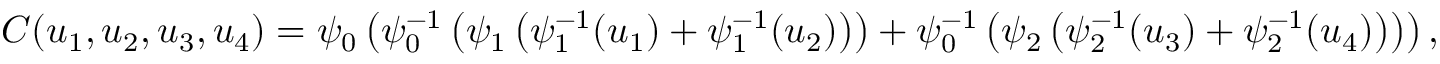
C ( u _ { 1 } , u _ { 2 } , u _ { 3 } , u _ { 4 } ) = \psi _ { 0 } \left( \psi _ { 0 } ^ { - 1 } \left( \psi _ { 1 } \left( \psi _ { 1 } ^ { - 1 } ( u _ { 1 } ) + \psi _ { 1 } ^ { - 1 } ( u _ { 2 } ) \right) \right) + \psi _ { 0 } ^ { - 1 } \left( \psi _ { 2 } \left( \psi _ { 2 } ^ { - 1 } ( u _ { 3 } ) + \psi _ { 2 } ^ { - 1 } ( u _ { 4 } ) \right) \right) \right) ,